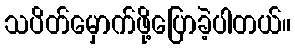
သပိတ်မှောက်ဖို့ပြောခဲ့ပါတယ်။